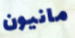
مانيون